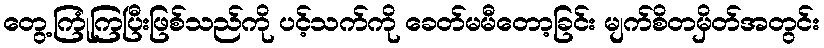
တွေ့ကြုံကြပြီးဖြစ်သည်ကို ပင့်သက်ကို ခေတ်မမီတော့ခြင်း မျက်စိတမှိတ်အတွင်း